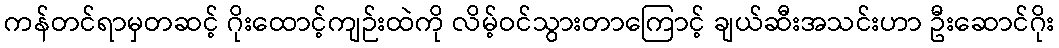
ကန်တင်ရာမှတဆင့် ဂိုးထောင့်ကျဉ်းထဲကို လိမ့်ဝင်သွားတာကြောင့် ချယ်ဆီးအသင်းဟာ ဦးဆောင်ဂိုး